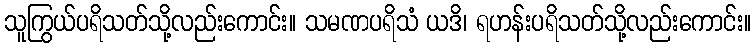
သူကြွယ်ပရိသတ်သို့လည်းကောင်း။ သမဏပရိသံ ယဒိ၊ ရဟန်းပရိသတ်သို့လည်းကောင်း။